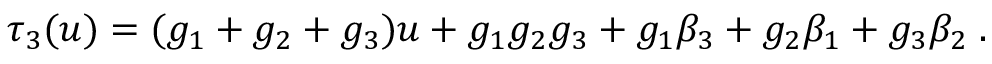
\tau _ { 3 } ( u ) = ( g _ { 1 } + g _ { 2 } + g _ { 3 } ) u + g _ { 1 } g _ { 2 } g _ { 3 } + g _ { 1 } \beta _ { 3 } + g _ { 2 } \beta _ { 1 } + g _ { 3 } \beta _ { 2 } \; .